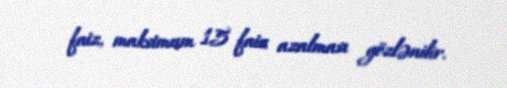
faiz, maksimum 15 faiz azalması gözlənilir.